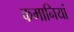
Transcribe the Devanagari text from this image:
कमानियां